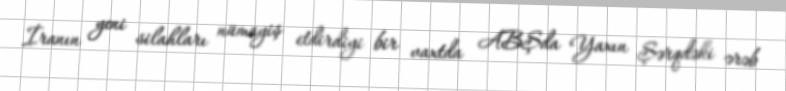
İranın yeni silahları nümayiş etdirdiyi bir vaxtda ABŞda Yaxın Şərqdəki ərəb